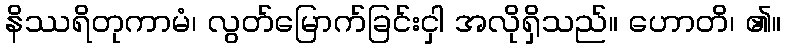
နိဿရိတုကာမံ၊ လွတ်မြောက်ခြင်းငှါ အလိုရှိသည်။ ဟောတိ၊ ၏။